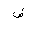
Letter: _dad